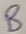
Text: B